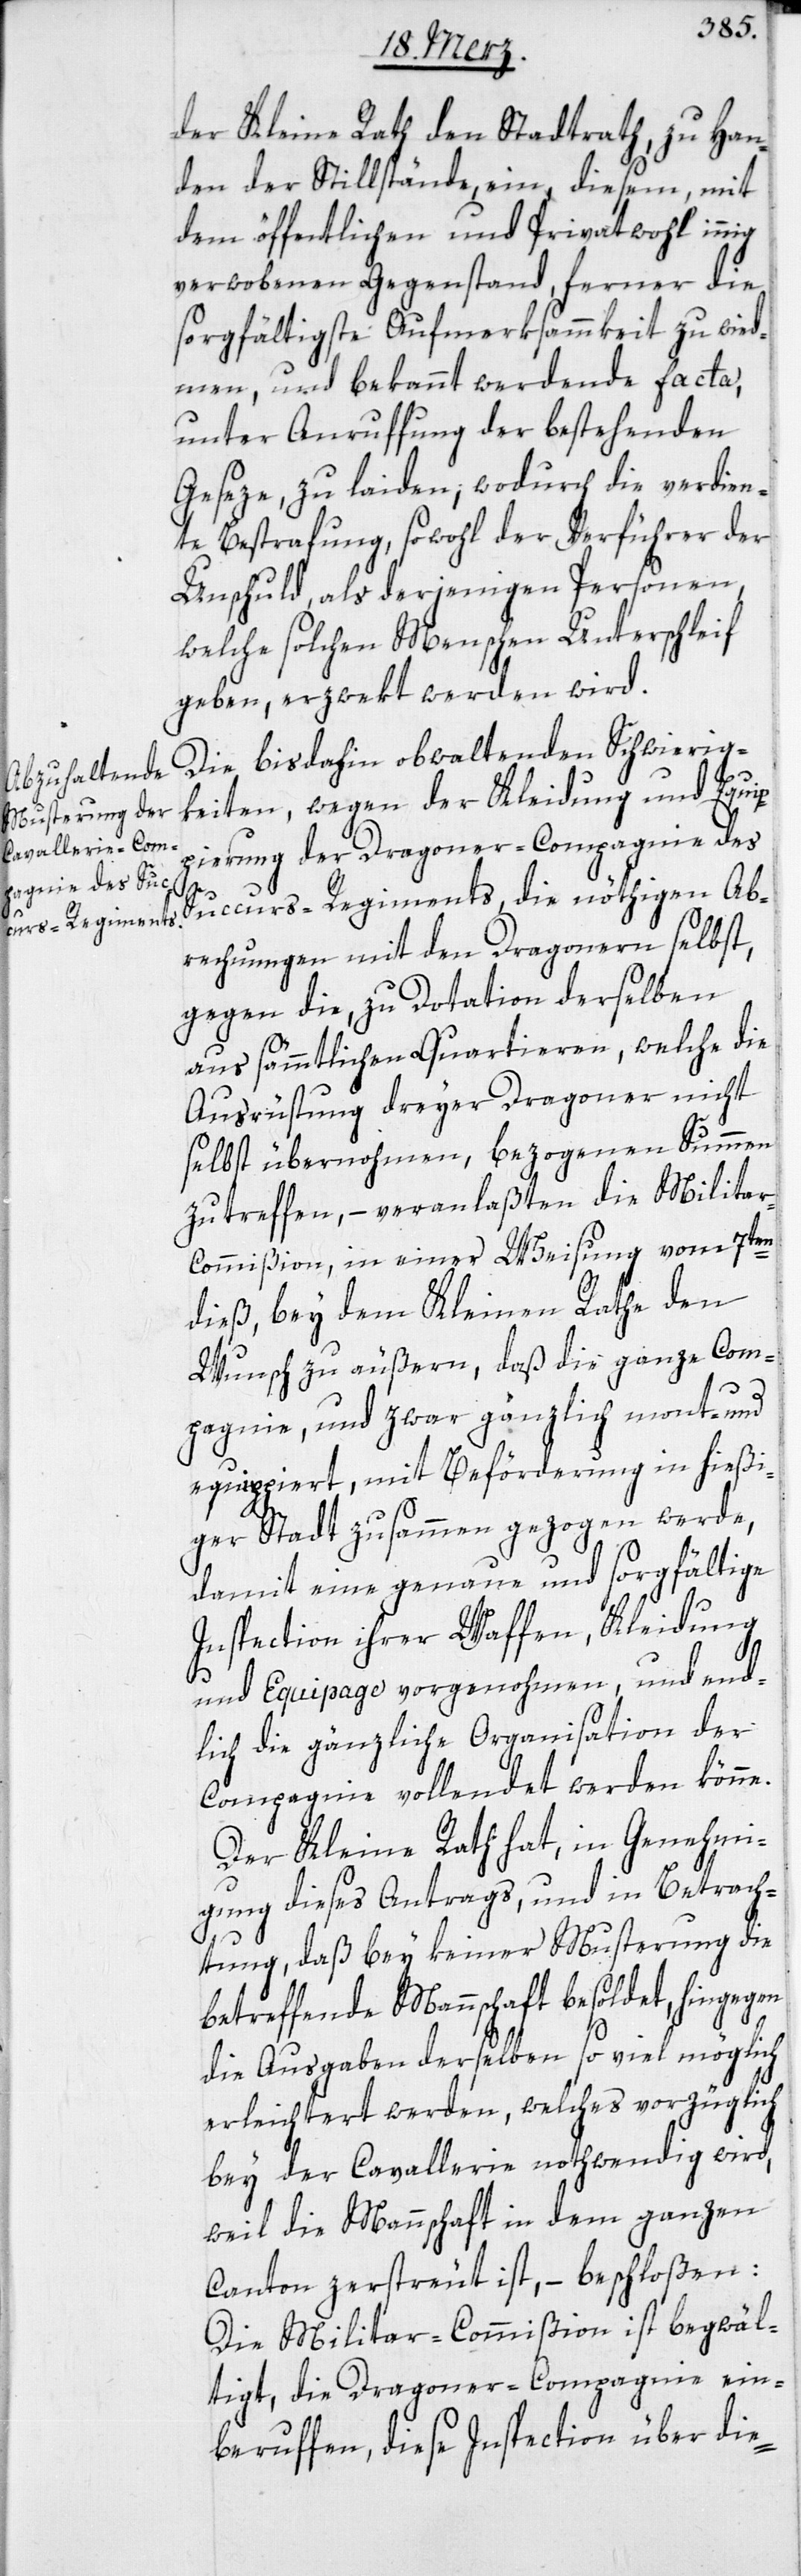
der Kleine Rath den Stadtrath, zu Han¬
den der Stillstände, ein, diesem, mit
dem öffentlichen und Privatwohl innig
verwobenen Gegenstand, ferner die
sorgfältigste Aufmerksammkeit zu wied¬
men, und bekannt werdende facta,
unter Anruffung der bestehenden
Geseze, zu laiden, wodurch die verdien¬
te Bestrafung, sowohl der Verführer der
Unschuld, als derjenigen Personen,
welche solchen Menschen Unterschleif
geben, erzwekt werden wird.
Die bis dahin obwaltenden Schwierig¬
keiten, wegen der Kleidung und Equip¬
pierung der Dragoner-Compagnie des
Succurs-Regiments, die nöthigen Ab¬
rechnungen mit den Dragonern selbst,
gegen die zu Dotation derselben
aus sämmtlichen Quartieren, welche die
Ausrüstung dreyer Dragoner nicht
selbst übernohmen, bezogenen Summen
zutreffen, – veranlaßten die Milita¬
r-Commißion, in einer Weisung vom 7ten
dieß, bey dem Kleinen Rathe den
Wunsch zu äußern, daß die ganze Com¬
pagnie, und zwar gänzlich mont- und
equippiert, mit Beförderung in hießi¬
ger Stadt zusammen gezogen werde,
damit eine genaue und sorgfältige
Inspection ihrer Waffen, Kleidung
und Equipage vorgenohmen, und en¬
dlich die gänzliche Organisation der
Compagnie vollendet werden könne.
Der Kleine Rath hat, in Genehmi¬
gung dieses Antrags, und in Betrach¬
tung, daß bey keiner Musterung die
betreffenden Mannschaft besoldet, hingegen
die Ausgaben derselben so viel möglich
erleichtert werden, welches vorzüglich
bey der Cavallerie nothwendig wird,
weil die Mannschaft in dem ganzen
Canton zerstreut ist, – beschloßen:
Die Militar-Commißion ist begwäl¬
tigt, die Dragoner-Compagnie ein¬
beruffen, diese Inspection über die-